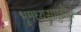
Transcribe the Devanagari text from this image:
भूमध्यसमुद्रीय